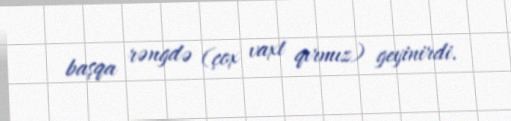
başqa rəngdə (çox vaxt qırmız) geyinirdi.